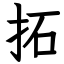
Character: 拓